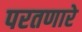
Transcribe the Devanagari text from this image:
परतणारे